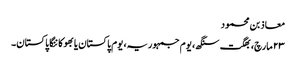
معاذ بن محمود
۲۳ مارچ، بھگت سنگھ، یوم جمہوریہ، یوم پاکستان یا بھوکا ننگا پاکستان۔